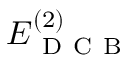
E _ { \mathrm { ~ D ~ C ~ B ~ } } ^ { ( 2 ) }